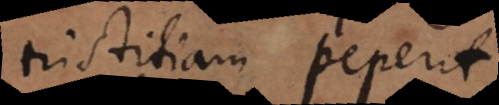
tristitiam peperit